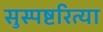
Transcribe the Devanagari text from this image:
सुस्पष्टरित्या